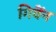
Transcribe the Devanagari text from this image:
गिवेंन